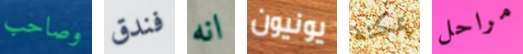
وصاحب فندق انه يونيون يمكنة مراحل